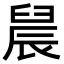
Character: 䢅